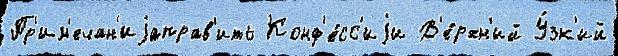
Пр'им'ечан'иjаправ'ить Конф'е́сс'иjи В'е́рхн'ий У́зк'ий